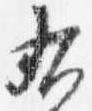
右